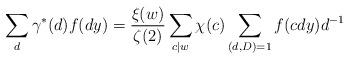
LaTeX: \begin{align*} \sum_d \gamma^*(d)f(dy)=\frac{\xi(w)}{\zeta(2)}\sum_{c\mid w}\chi(c)\sum_{(d,D)=1} f(cdy)d^{-1} \end{align*}